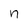
Character: n